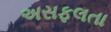
અસફલતા